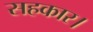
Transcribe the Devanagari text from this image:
सहकार।